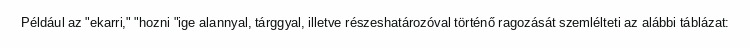
Például az "ekarri," "hozni "ige alannyal, tárggyal, illetve részeshatározóval történő ragozását szemlélteti az alábbi táblázat: